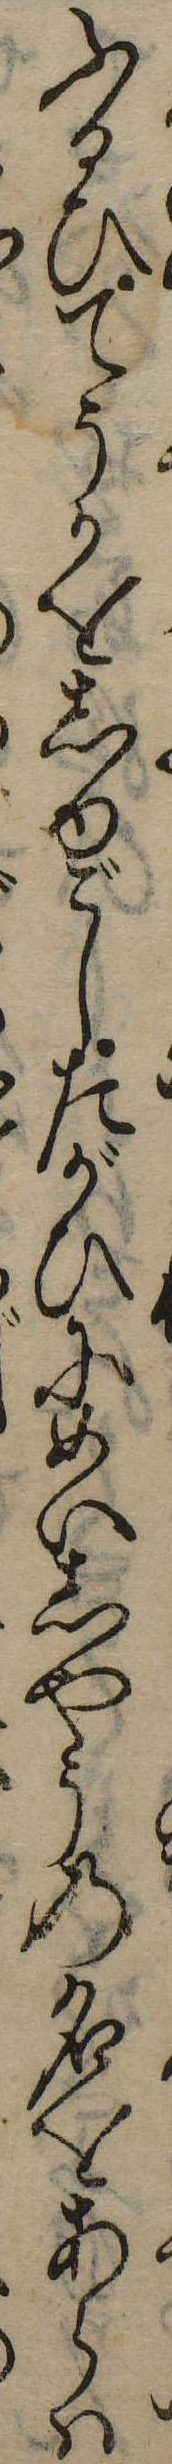
ふるひてうかをしゆごしたがひにめいしやうの名をあらは